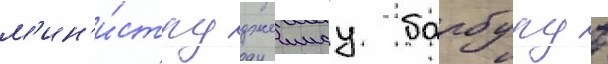
м'ин'и́стру джеимсу барбуру в